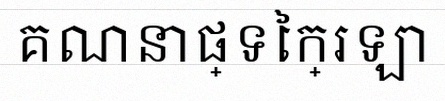
គណនាផ្ទៃក្រឡា